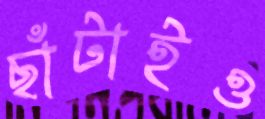
ছাঁটাইও